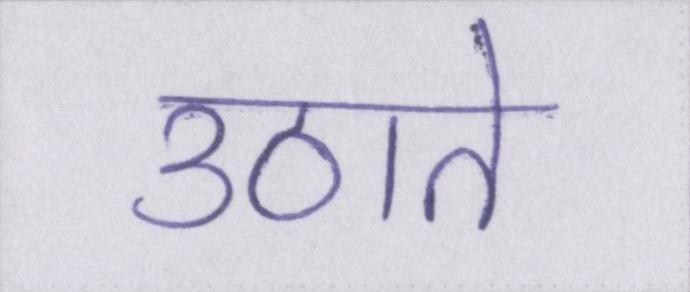
उठाते